Scottish Certificate of Education, 1962
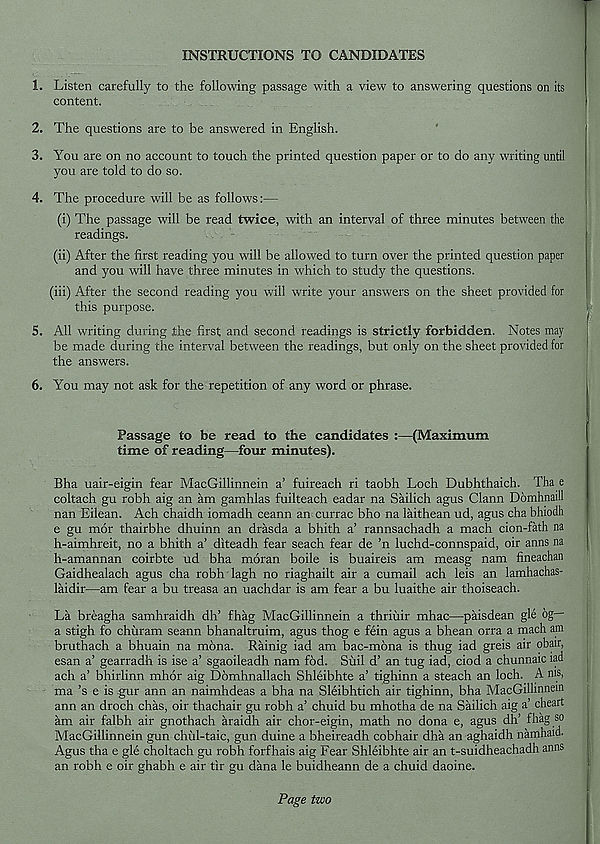
INSTRUCTIONS TO CANDIDATES
1. Listen carefully to the following passage with a view to answering questions on its
content.
2. The questions are to be answered in English.
3. You are on no account to touch the printed question paper or to do any writing until
you are told to do so.
4. The procedure will be as follows:—
(i) The passage will be read twice, with an interval of three minutes between the
readings.
(ii) After the first reading you will be allowed to turn over the printed question paper
and you will have three minutes in which to study the questions.
(iii) After the second reading you will write your answers on the sheet provided for
this purpose.
5. All writing during the first and second readings is strictly forbidden. Notes may
be made during the interval between the readings, but only on the sheet provided for
the answers.
6. You may not ask for the repetition of any word or phrase.
Passage to be read to the candidates :—(Maximum
time of reading—four minutes).
Bha uair-eigin fear MacGillinnein a’ fuireach ri taobh Loch Dubhthaich. Tha e
coltach gu robh aig an am gamhlas fuilteach eadar na Sailich agus Claim Domhnaill
nan Eilean. Ach chaidh iomadh ceann an currac bho na laithean ud, agus cha bhiodh
e gu mor thairbhe dhuinn an drasda a bhith a’ rannsachadh a mach cion-fath na
h-aimhreit, no a bhith a’ diteadh fear seach fear de ’n luchd-connspaid, oir anns na
h-amannan coirbte ud bha moran boile is buaireis am measg nam fineachan
Gaidhealach agus cha robh lagh no riaghailt air a cumail ach leis an lamhachas-
laidir—am fear a bu treasa an uachdar is am fear a bu luaithe air thoiseach.
La breagha samhraidh dh’ fhag MacGillinnein a thriiiir mhac—paisdean gle 6g—
a stigh fo chiiram seann bhanaltruim, agus thog e fein agus a bhean orra a mach am
bruthach a bhuain na mona. Rainig iad am bac-mona is thug iad greis air obair,
esan a’ gearradh is ise a’ sgaoileadh nam fod. Suil d’ an tug iad, ciod a chunnaic iad
ach a’ bhirlinn mhor aig Domhnallach Shleibhte a’ tighinn a steach an loch. A ms,
ma’s e is gur ann an naimhdeas a bha na Sleibhtich air tighinn, bha MacGillinnein
ann an droch chas, oir thachair gu robh a’ chuid bu mhotha de na Sailich aig a’ cheart
am air falbh air gnothach araidh air chor-eigin, math no dona e, agus dh’ fhag so
MacGillinnein gun chul-taic, gun duine a bheireadh cobhair dha an aghaidh namhaid.
Agus tha e gle choltach gu robh forfhais aig Fear Shleibhte air an t-suidheachadh anns
an robh e oir ghabh e air tir gu dana le buidheann de a chuid daoine.
Page two